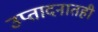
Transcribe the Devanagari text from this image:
उप्तादनातही